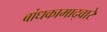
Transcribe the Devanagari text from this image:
बांधकामाद्वारे